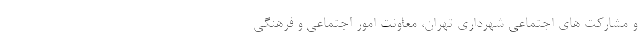
و مشارکت های اجتماعی شهرداری تهران، معاونت امور اجتماعی و فرهنگی